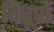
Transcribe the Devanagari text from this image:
विद्रूपों